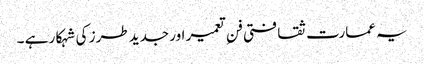
یہ عمارت ثقافتی فنِ تعمیر اور جدید طرز کی شہکار ہے ۔